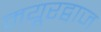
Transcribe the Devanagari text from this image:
मयूरद्वाज